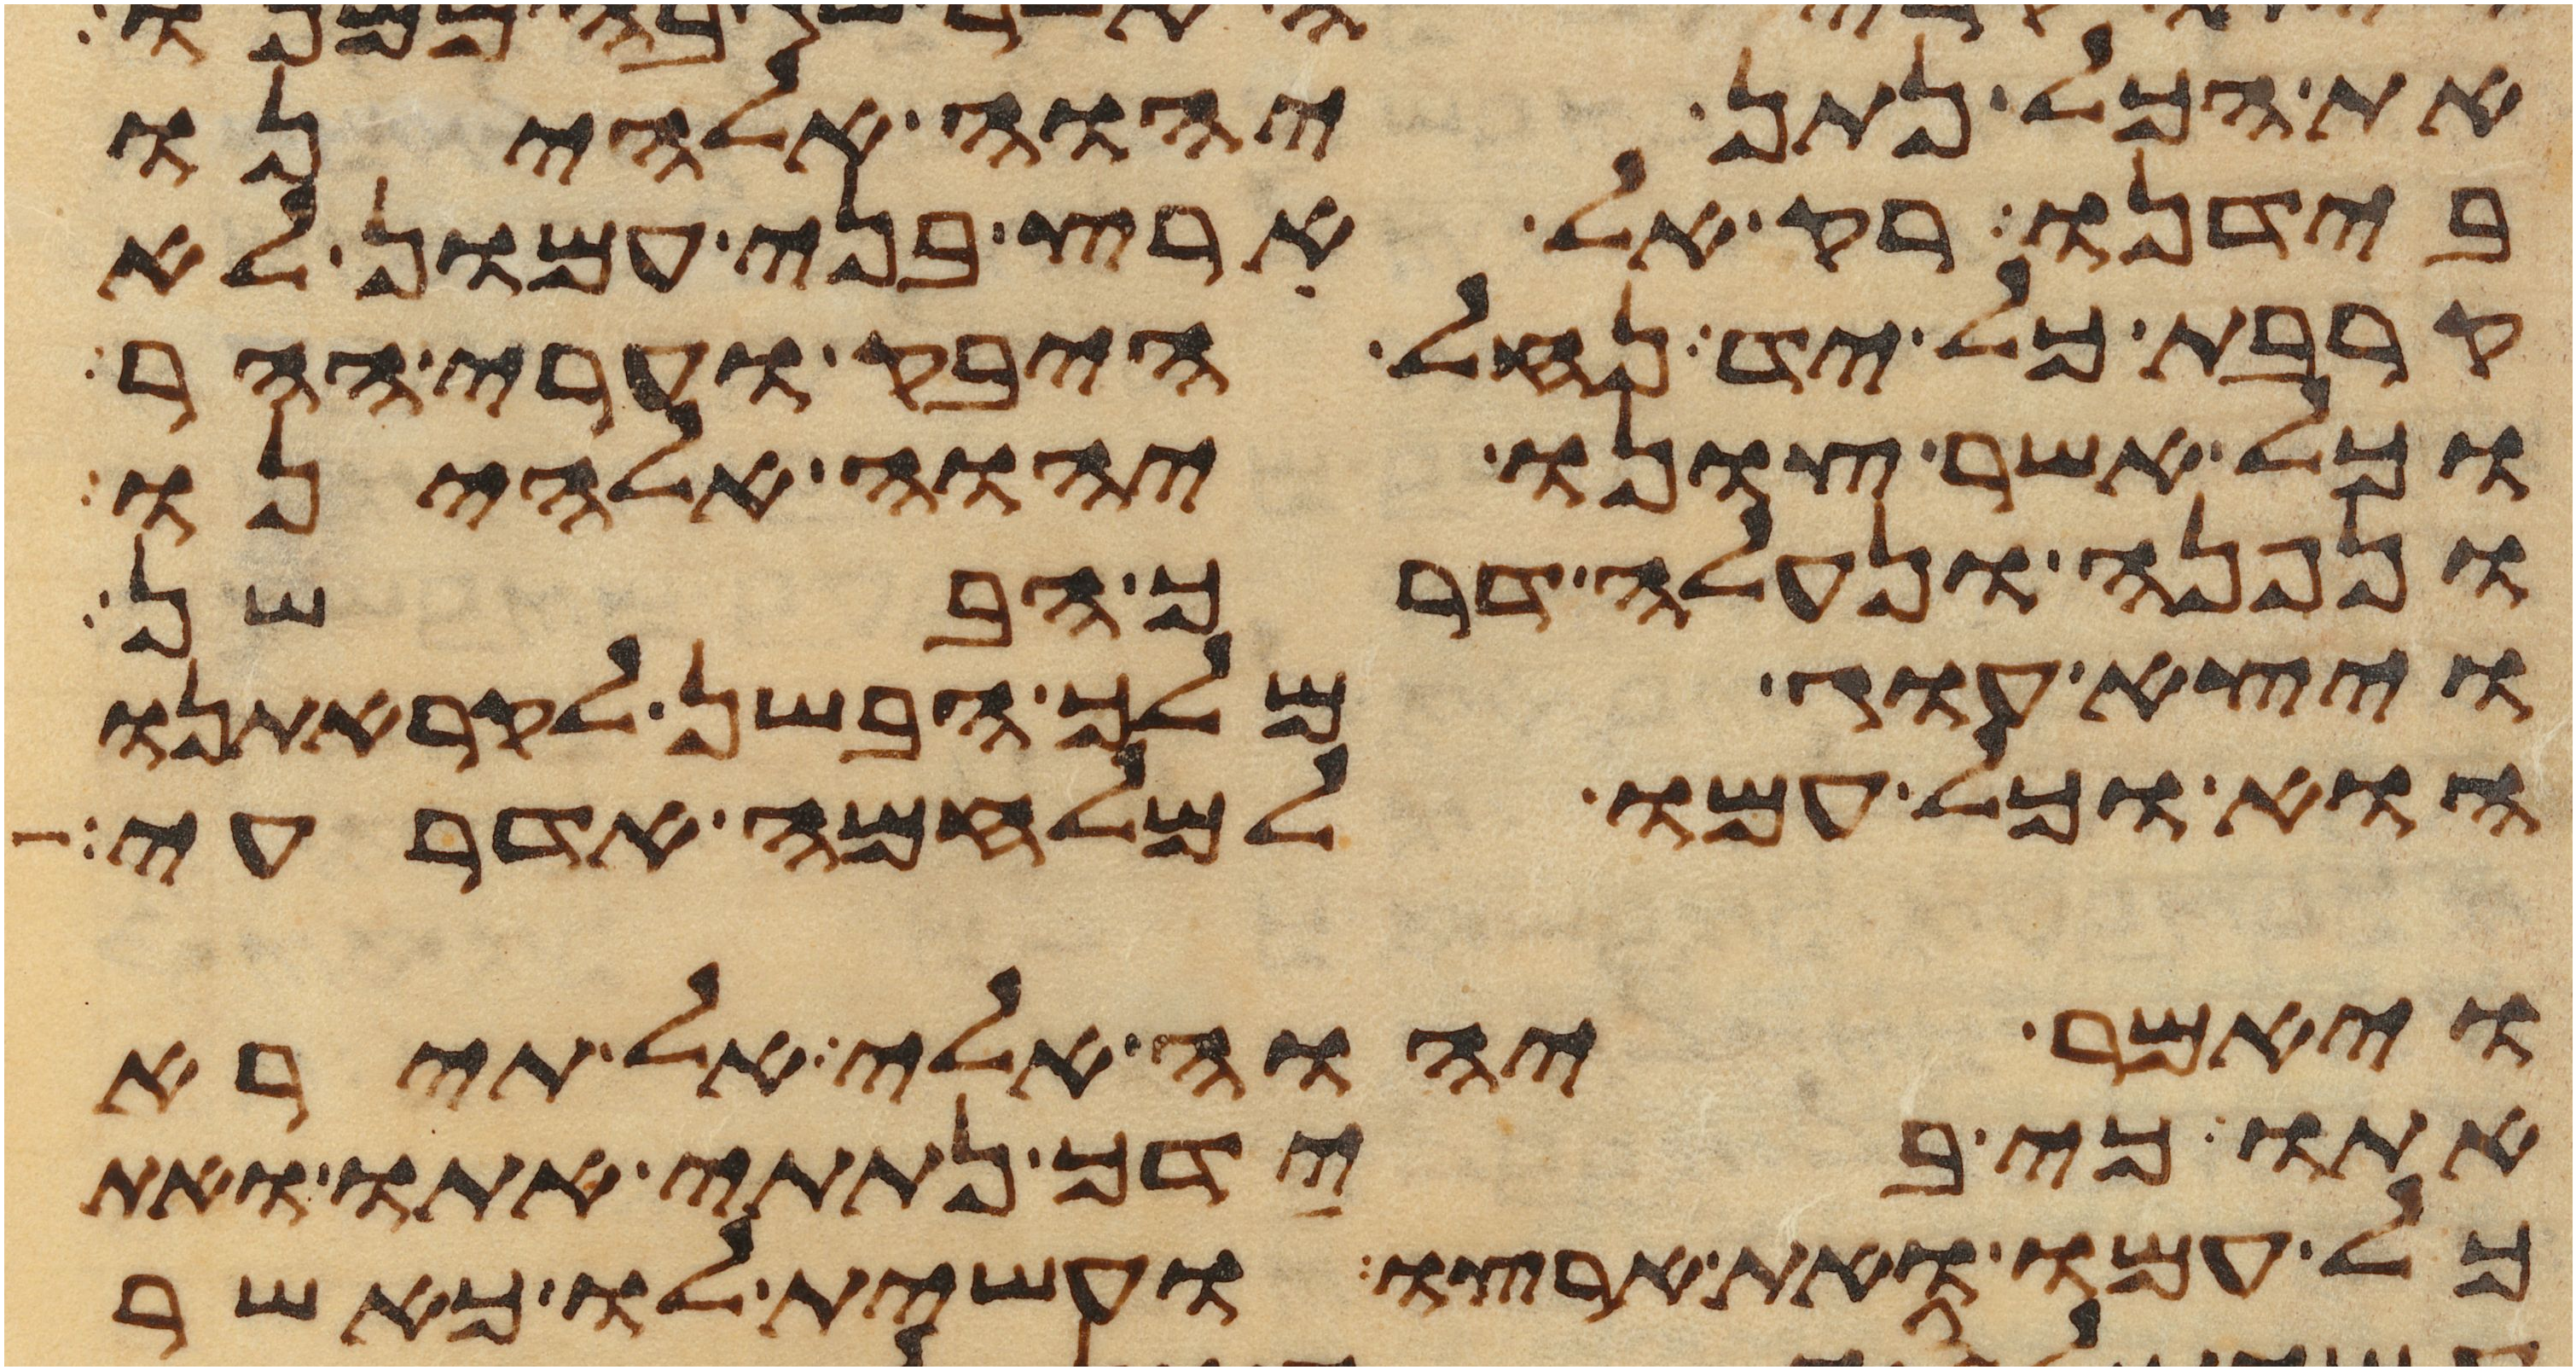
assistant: את הכל נתן יהוה אלהינו
בידנו רק אל ארץ בני עמון לא
קרבת כל יד נחל היבק וערי ההר
וכל אשר צונו יהוה אלהינו
ונפנה ונעלה דרך הבשן
ויצא עוג מלך הבשן לקראתנו
הוא וכל עמו למלחמה אדרעי
ויאמר יהוה אלי אל תירא
אתו כי בידך נתתי אתו ואת
כל עמו ואת ארצו ועשית לו כאשר